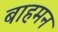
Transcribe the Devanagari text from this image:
बाहमन